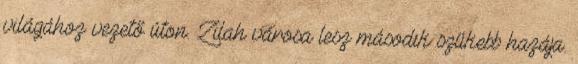
világához vezető úton. Zilah városa lesz második szűkebb hazája.